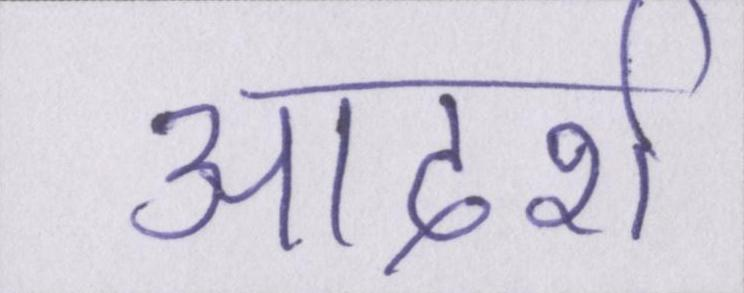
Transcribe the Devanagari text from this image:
आदर्श